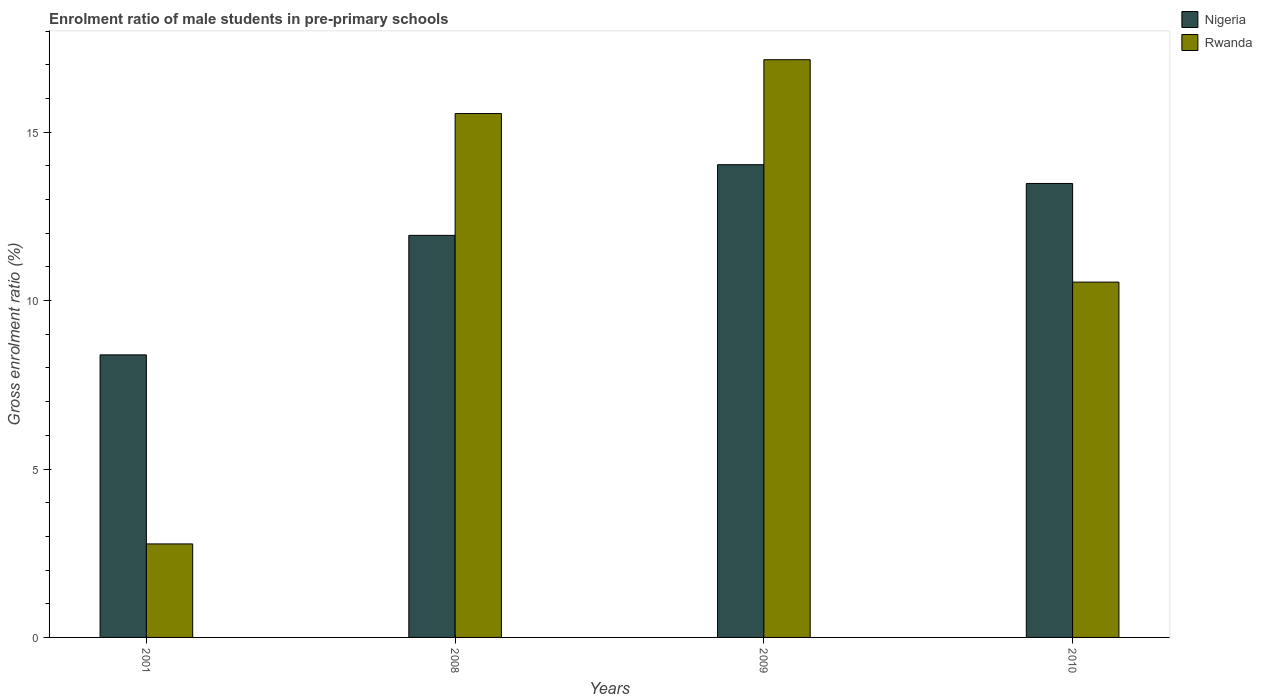
| Years | Nigeria | Rwanda |
 | --- | --- | --- |
 | 2001 | 8.39 | 2.78 |
 | 2008 | 11.9 | 15.6 |
 | 2009 | 14 | 17.2 |
 | 2010 | 13.5 | 10.5 |